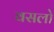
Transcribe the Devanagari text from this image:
वसलो